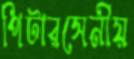
পিটারসেনীয়